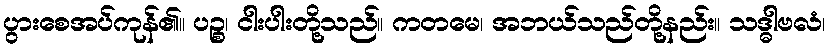
ပွားစေအပ်ကုန်၏။ ပဉ္စ၊ ငါးပါးတို့သည်။ ကတမေ၊ အဘယ်သည်တို့နည်း။ သဒ္ဓါဗလံ၊